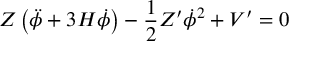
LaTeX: Z \left( \ddot { \phi } + 3 H \dot { \phi } \right) - \frac { 1 } { 2 } Z ^ { \prime } \dot { \phi } ^ { 2 } + V ^ { \prime } = 0